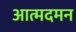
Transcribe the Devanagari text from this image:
आत्मदमन